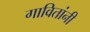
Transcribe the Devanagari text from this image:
गावितांनी